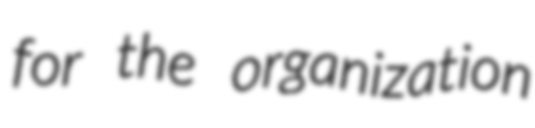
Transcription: for the organization